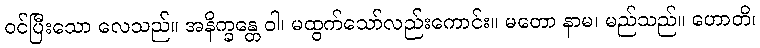
ဝင်ပြီးသော လေသည်။ အနိက္ခန္တေ ဝါ၊ မထွက်သော်လည်းကောင်း။ မတော နာမ၊ မည်သည်။ ဟောတိ၊